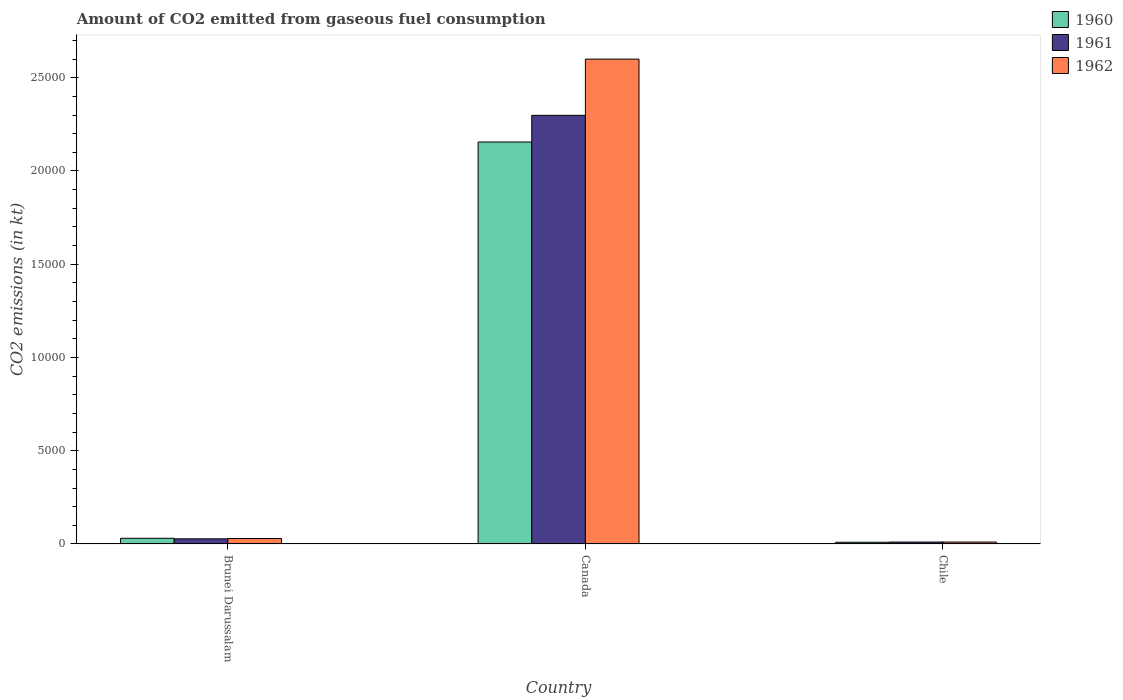
| Country | 1960 | 1961 | 1962 |
 | --- | --- | --- | --- |
 | Brunei Darussalam | 304 | 275 | 293 |
 | Canada | 2.16e+04 | 2.3e+04 | 2.6e+04 |
 | Chile | 91.7 | 103 | 103 |